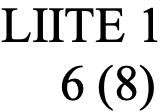
LIITE 1 6 (8)